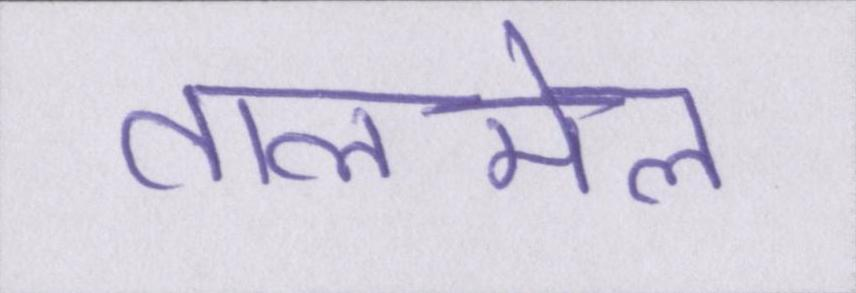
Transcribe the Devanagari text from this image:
तालमेल